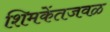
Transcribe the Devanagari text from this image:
शिमकेंतजवळ